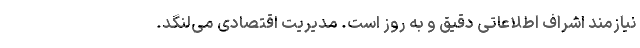
نیازمند اشراف اطلاعاتی دقیق و به روز است. مدیریت اقتصادی می‌لنگد.